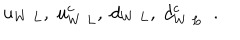
u _ { W \; L } , \; u _ { W \; L } ^ { c } , \; d _ { W \; L } , \; d _ { W \; L } ^ { c } \; \; .